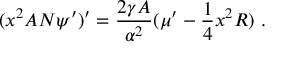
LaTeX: ( x ^ { 2 } A N \psi ^ { \prime } ) ^ { \prime } = \frac { 2 \gamma A } { \alpha ^ { 2 } } ( { \mu ^ { \prime } } - { \frac { 1 } { 4 } } x ^ { 2 } R ) \ .